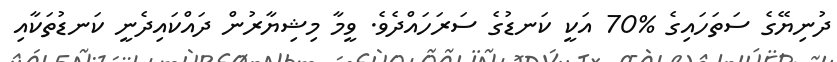
ދުނިޔޭގެ ސަތަހައިގެ %70 އަކީ ކަނޑުގެ ސަރަހައްދެވެ. ވީމާ މިޝިޔާރުން ދައްކައިދެނީ ކަނޑުތަކާއި